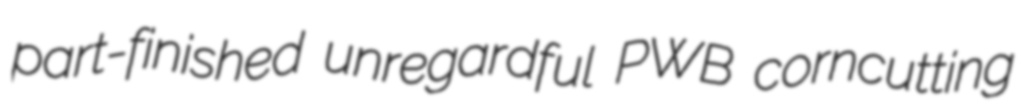
part-finished unregardful PWB corncutting